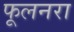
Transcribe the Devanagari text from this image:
फूलनरा